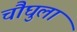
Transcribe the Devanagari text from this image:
चौघुला